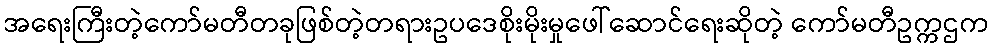
အရေးကြီးတဲ့ကော်မတီတခုဖြစ်တဲ့တရားဥပဒေစိုးမိုးမှုဖေါ်ဆောင်ရေးဆိုတဲ့ ကော်မတီဥက္ကဌက